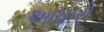
આધારો